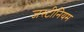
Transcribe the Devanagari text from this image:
जस्टीनियम